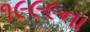
૧૯૯૯ના